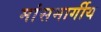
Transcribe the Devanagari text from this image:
मांसमार्गीय